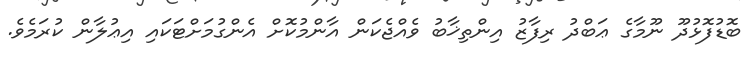
ބޮޑުފޮޅުދޫ ނޫމާގެ ޢަބްދު ރިފާޒު އިންތިޚާބު ވެއްޖެކަން އާންމުކޮށް އެންގުމަށްޓަކައި އިޢުލާން ކުރަމެވެ.